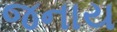
જનાય